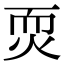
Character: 䎡